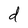
Character: d